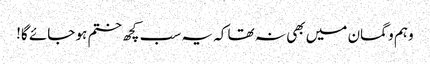
وہم و گمان میں بھی نہ تھا کہ یہ سب کچھ ختم ہو جائے گا!